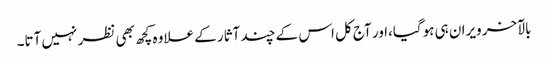
بالآخر ویران ہی ہوگیا،اور آج کل اس کے چند آثار کے علاوہ کچھ بھی نظر نہیں آتا۔